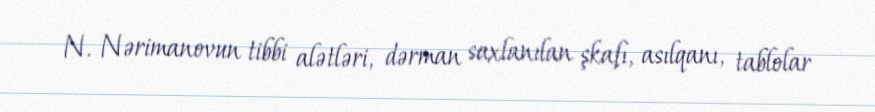
N. Nərimanovun tibbi alətləri, dərman saxlanılan şkafı, asılqanı, tablolar